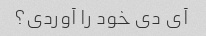
آی دی خود را آوردی؟